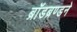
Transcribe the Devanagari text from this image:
ब्रॉडब्रण्डने